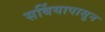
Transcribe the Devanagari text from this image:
सर्बियापासुन